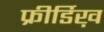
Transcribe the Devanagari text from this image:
फ्रीर्डिख़